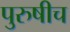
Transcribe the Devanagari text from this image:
पुरुषीच